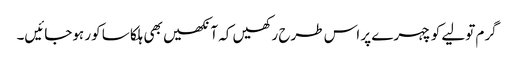
گرم تولیے کو چہرے پر اس طرح رکھیں کہ آنکھیں بھی ہلکا سا کور ہوجائیں۔